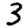
Digit: 3